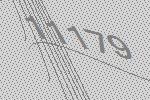
11179